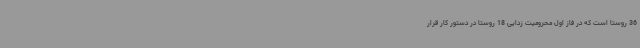
36 روستا است که در فاز اول محرومیت زدایی 18 روستا در دستور کار قرار